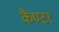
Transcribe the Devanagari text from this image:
कैण्टर